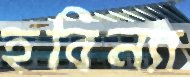
হবিন্যা